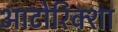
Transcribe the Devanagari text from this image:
आटोरिक्शा